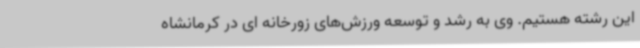
این رشته هستیم. وی به رشد و توسعه ورزش‌های زورخانه ای در کرمانشاه